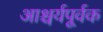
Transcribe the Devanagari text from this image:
आश्चर्यपूर्वक